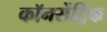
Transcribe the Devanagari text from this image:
कॉनसेंट्रिक